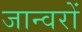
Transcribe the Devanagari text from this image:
जान्वरों